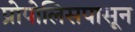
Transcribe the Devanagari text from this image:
प्रोपोलिसपासून